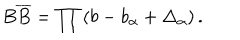
B \overline { { { B } } } = \prod \left( b - b _ { \alpha } + \Delta _ { \alpha } \right) .